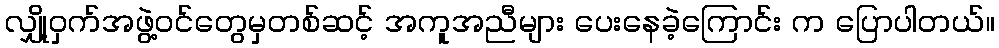
လျှို့ဝှက်အဖွဲ့ဝင်တွေမှတစ်ဆင့် အကူအညီများ ပေးနေခဲ့ကြောင်း က ပြောပါတယ်။